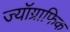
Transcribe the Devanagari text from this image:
ज्यॉग्राफिक